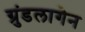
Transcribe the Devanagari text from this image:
ग्रुंडलागेन